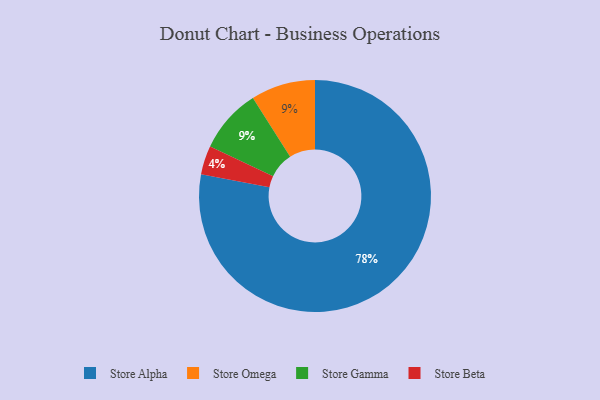
{"axis": {"x": "Category", "y": "Percentage"}, "legend": ["Store Alpha", "Store Beta", "Store Gamma", "Store Omega"], "data": [{"x": "Store Alpha", "y": 78, "type": "Store Alpha"}, {"x": "Store Beta", "y": 4, "type": "Store Beta"}, {"x": "Store Omega", "y": 9, "type": "Store Omega"}, {"x": "Store Gamma", "y": 9, "type": "Store Gamma"}]}